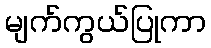
မျက်ကွယ်ပြုကာ